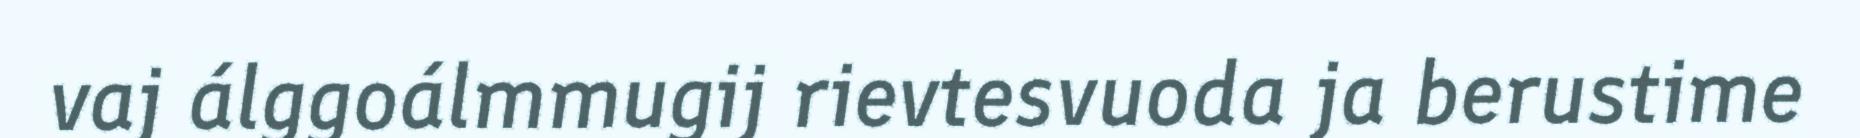
vaj álggoálmmugij rievtesvuoda ja berustime